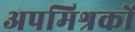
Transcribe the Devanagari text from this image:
अपमिश्रकों